画像に写った文字を読んでください
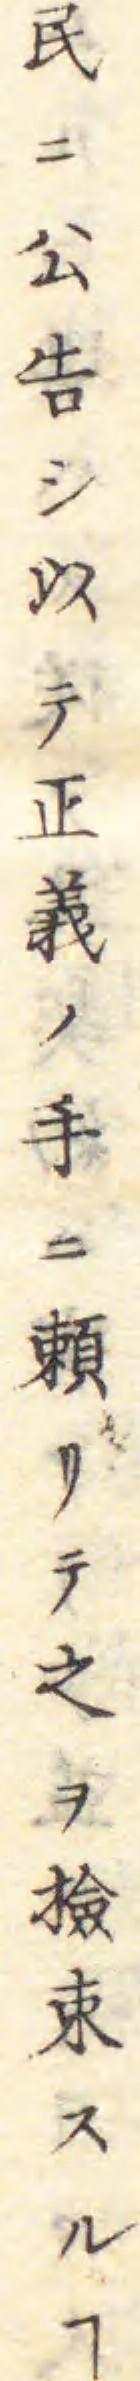
「民ニ公告シ以テ正義ノ手ニ頼リテ之ヲ檢束スルヿ」と書いてあります